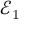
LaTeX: { \mathcal { E } } _ { 1 }